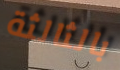
بالثالثة